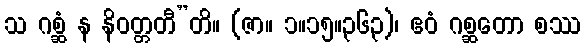
သ ဂစ္ဆံ န နိဝတ္တတီ”တိ။ (ဇာ။ ၁။၁၅။၃၆၃)၊ ဧဝံ ဂစ္ဆတော စဿ